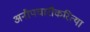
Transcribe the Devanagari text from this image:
अनौपचारीकरित्या